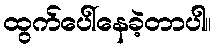
ထွက်ပေါ်နေခဲ့တာပါ။